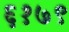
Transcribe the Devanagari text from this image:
६१७९